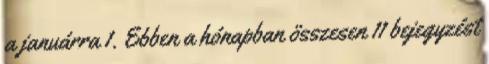
a januárra 1. Ebben a hónapban összesen 11 bejegyzést